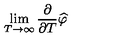
\lim _ { T \rightarrow \infty } \frac { \partial } { \partial T } \widehat { \varphi }